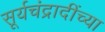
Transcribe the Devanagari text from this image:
सूर्यचंद्रादींच्या